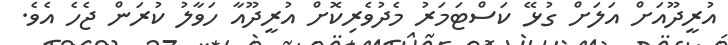
އުރީދޫއަށް އަލަށް ގުޅޭ ކަސްޓަމަރު މެދުވެރިކޮށް އުރީދޫއާ ހަވާލު ކުރަން ޖެހެ އެވެ.